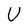
Character: U